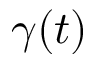
\gamma ( t )